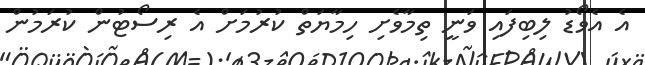
އެ އެވޯޑު ލިބިފައި ވަނީ ތިމާވެށި ހިމާޔަތް ކުރުމަށް އެ ރިސޯޓުން ކުރަމުން